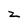
Character: z